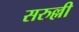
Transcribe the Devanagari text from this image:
सरुल्ली